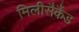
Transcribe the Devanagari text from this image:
मिलीसैकैंड